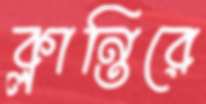
ক্লান্তিরে